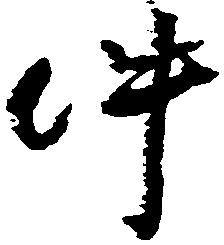
件